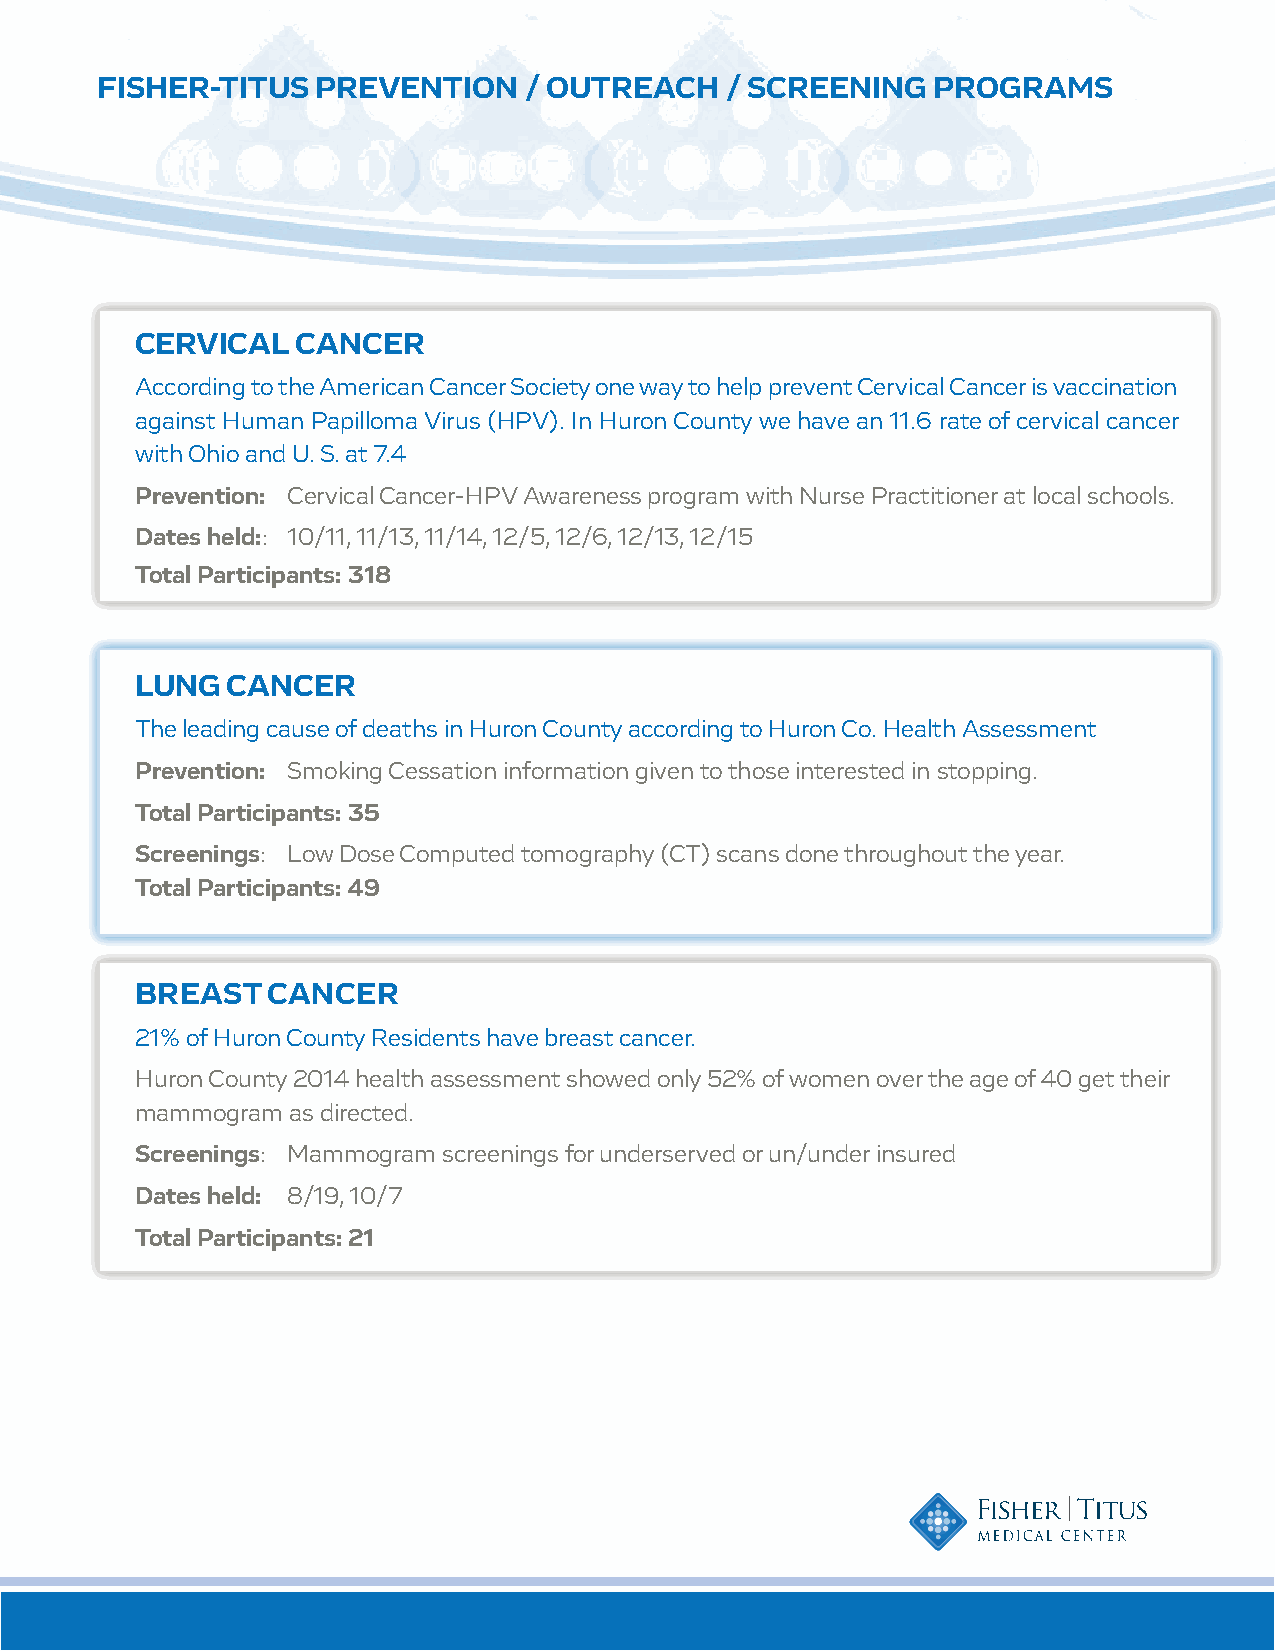
FISHER-TITUS   PREVENTION    / OUTREACH   / SCREENING   PROGRAMS
 CERVICAL   CANCER
 According to the American Cancer Society one way to help prevent Cervical Cancer is vaccination
 against Human Papilloma Virus (HPV). In Huron County we have an 11.6 rate of cervical cancer
 with Ohio and U. S. at 7.4
 Prevention: Cervical Cancer-HPV Awareness program with Nurse Practitioner at local schools.
 Dates held:: 10/11, 11/13, 11/14, 12/5, 12/6, 12/13, 12/15
 Total Participants: 318
 LUNG  CANCER
 The leading cause of deaths in Huron County according to Huron Co. Health Assessment
 Prevention: Smoking Cessation information given to those interested in stopping.
 Total Participants: 35
 Screenings: Low Dose Computed tomography (CT) scans done throughout the year.
 Total Participants: 49
 BREAST   CANCER
 21% of Huron County Residents have breast cancer.
 Huron County 2014 health assessment showed only 52% of women over the age of 40 get their
 mammogram as directed.
 Screenings: Mammogram screenings for underserved or un/under insured
 Dates held: 8/19, 10/7
 Total Participants: 21